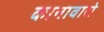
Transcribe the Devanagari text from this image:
कानावारो